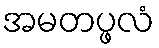
အမတပ္ဖလံ